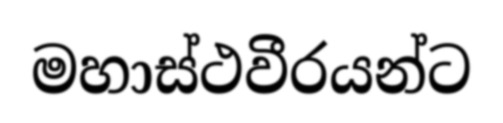
මහාස්ථවීරයන්ට